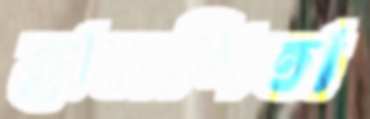
হাসপিতা